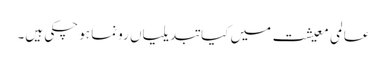
عالمی معیشت میں کیا تبدیلیاں رونما ہو چکی ہیں۔